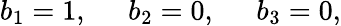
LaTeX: b_{1}=1,\; \; \; \; \; b_{2}=0,\; \; \; \; \; b_{3}=0,